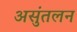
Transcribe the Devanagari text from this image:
असुंतलन